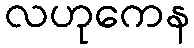
လဟုကေန